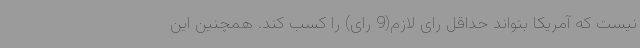
نیست که آمریکا بتواند حداقل رای لازم(9 رای) را کسب کند. همچنین این